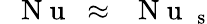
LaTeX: \mathrm{~\textit~{~N~u~}~}\approx\mathrm{~\textit~{~N~u~}~}_{\mathrm s}